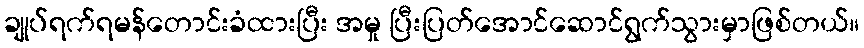
ချုပ်ရက်ရမန်တောင်းခံထားပြီး အမှု ပြီးပြတ်အောင်ဆောင်ရွက်သွားမှာဖြစ်တယ်။